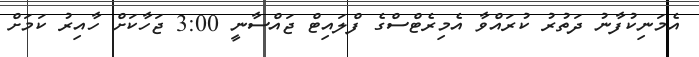
އެމަނިކުފާނު ދަތުރު ކުރައްވާ އެމިރެޓްސްގެ ފްލައިޓް ޖައްސާނީ 3:00 ޖަހާކަށް ހާއިރު ކަމަށް